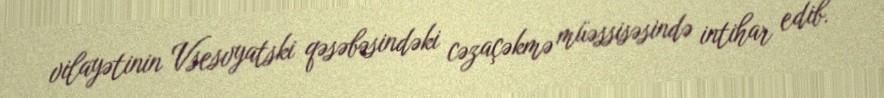
vilayətinin Vsesvyatski qəsəbəsindəki cəzaçəkmə müəssisəsində intihar edib.